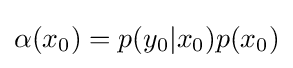
\alpha (x_{0})=p(y_{0}|x_{0})p(x_{0})